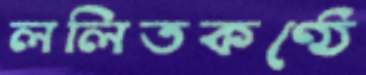
ললিতকণ্ঠে